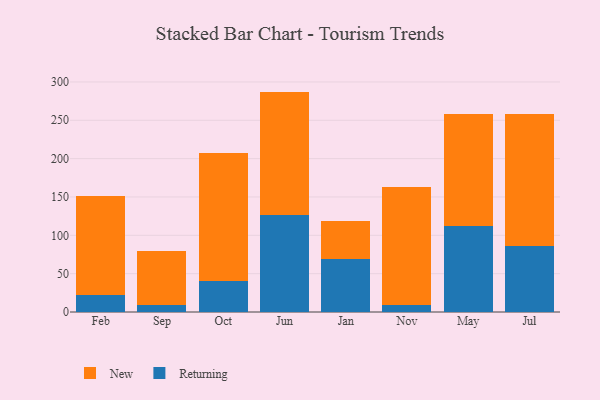
{"axis": {"x": "Month", "y": "Churn Rate (%)"}, "legend": ["New", "Returning"], "data": [{"x": "Feb", "y": 22.0, "type": "Returning"}, {"x": "Feb", "y": 129.7, "type": "New"}, {"x": "Sep", "y": 9.4, "type": "Returning"}, {"x": "Sep", "y": 70.8, "type": "New"}, {"x": "Oct", "y": 40.5, "type": "Returning"}, {"x": "Oct", "y": 166.4, "type": "New"}, {"x": "Jun", "y": 126.4, "type": "Returning"}, {"x": "Jun", "y": 161.0, "type": "New"}, {"x": "Jan", "y": 69.7, "type": "Returning"}, {"x": "Jan", "y": 49.6, "type": "New"}, {"x": "Nov", "y": 9.5, "type": "Returning"}, {"x": "Nov", "y": 153.4, "type": "New"}, {"x": "May", "y": 112.4, "type": "Returning"}, {"x": "May", "y": 145.9, "type": "New"}, {"x": "Jul", "y": 86.4, "type": "Returning"}, {"x": "Jul", "y": 171.2, "type": "New"}]}